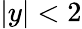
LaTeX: |y|<2